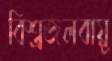
বিশ্ব্রজলবায়ু